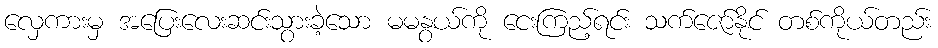
လှေကားမှ အပြေးလေးဆင်းသွားခဲ့သော မမနွယ်ကို ငေးကြည့်ရင်း သက်ဇော်နိုင် တစ်ကိုယ်တည်း